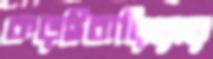
কড়ইবাড়িয়ার